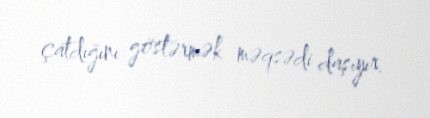
çatdığını göstərmək məqsədi daşıyır.